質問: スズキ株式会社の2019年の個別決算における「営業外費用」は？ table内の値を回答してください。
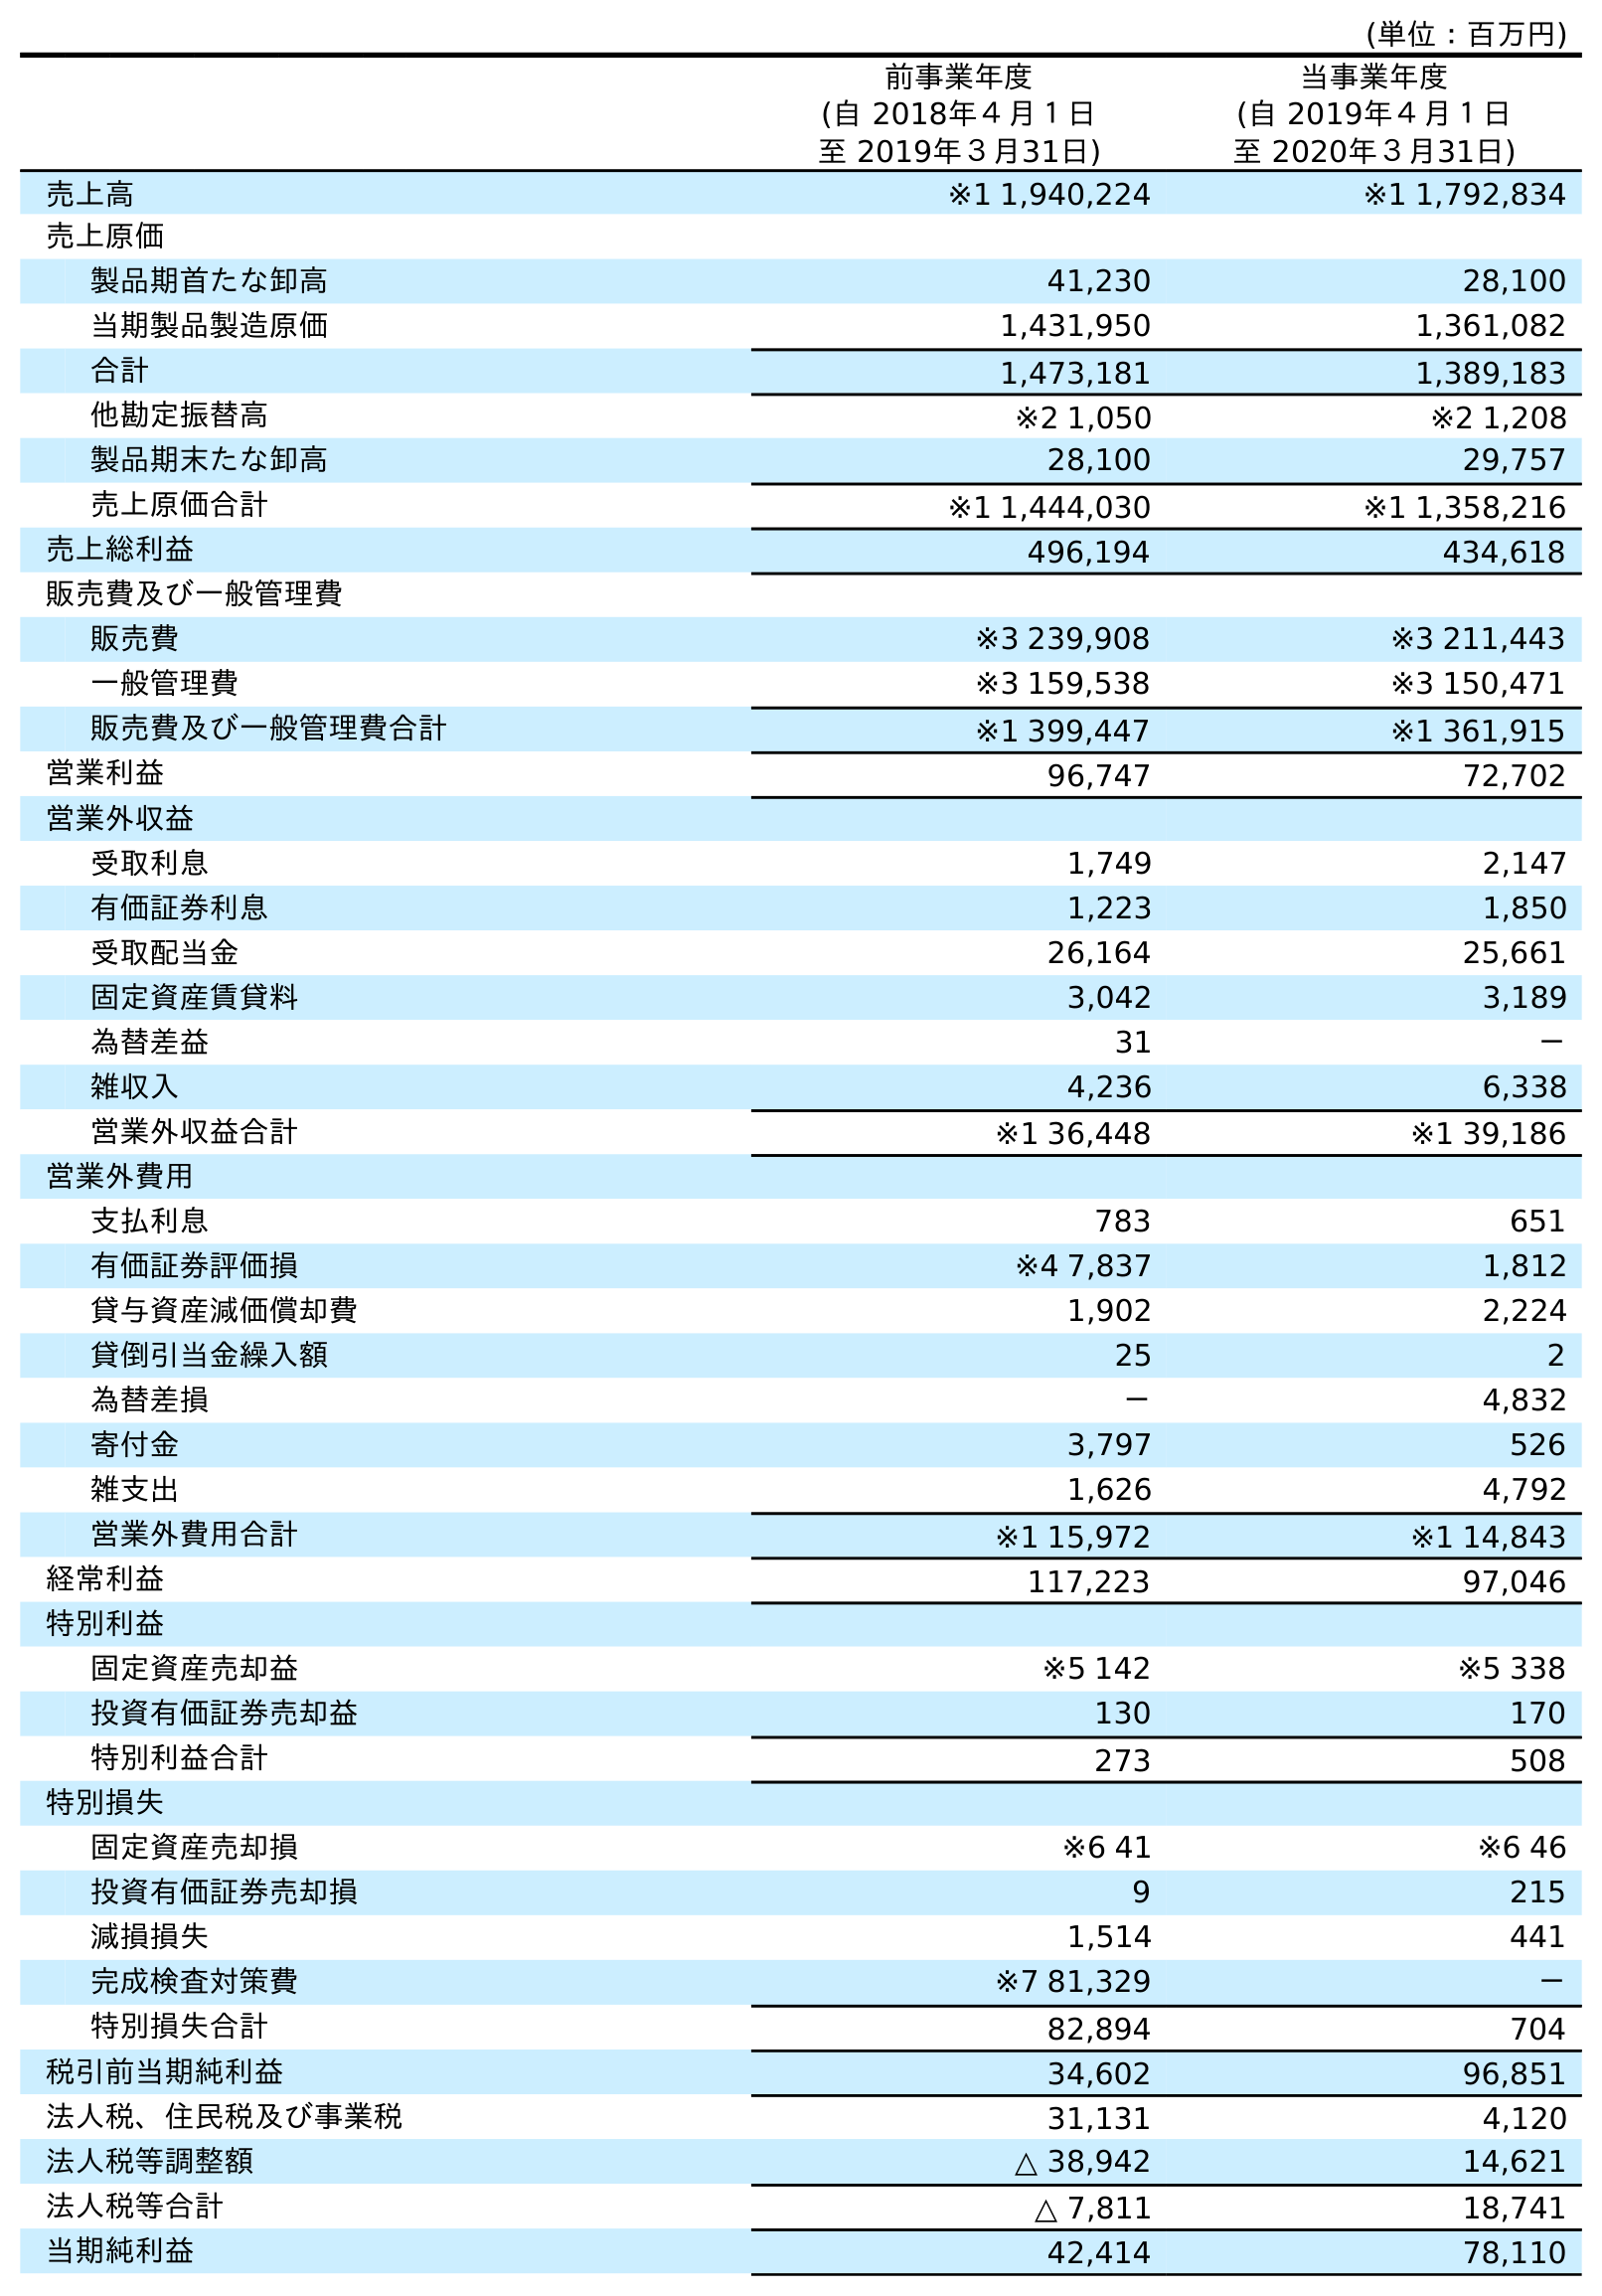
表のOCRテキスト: (単位：百万円) 前事業年度 (自 2018年４月１日 至 2019年３月31日) 当事業年度 (自 2019年４月１日 至 2020年３月31日) 売上高 ※1 1,940,224 ※1 1,792,834 売上原価 製品期首たな卸高 41,230 28,100 当期製品製造原価 1,431,950 1,361,082 合計 1,473,181 1,389,183 他勘定振替高 ※2 1,050 ※2 1,208 製品期末たな卸高 28,100 29,757 売上原価合計 ※1 1,444,030 ※1 1,358,216 売上総利益 496,194 434,618 販売費及び一般管理費 販売費 ※3 239,908 ※3 211,443 一般管理費 ※3 159,538 ※3 150,471 販売費及び一般管理費合計 ※1 399,447 ※1 361,915 営業利益 96,747 72,702 営業外収益 受取利息 1,749 2,147 有価証券利息 1,223 1,850 受取配当金 26,164 25,661 固定資産賃貸料 3,042 3,189 為替差益 31 － 雑収入 4,236 6,338 営業外収益合計 ※1 36,448 ※1 39,186 営業外費用 支払利息 783 651 有価証券評価損 ※4 7,837 1,812 貸与資産減価償却費 1,902 2,224 貸倒引当金繰入額 25 2 為替差損 － 4,832 寄付金 3,797 526 雑支出 1,626 4,792 営業外費用合計 ※1 15,972 ※1 14,843 経常利益 117,223 97,046 特別利益 固定資産売却益 ※5 142 ※5 338 投資有価証券売却益 130 170 特別利益合計 273 508 特別損失 固定資産売却損 ※6 41 ※6 46 投資有価証券売却損 9 215 減損損失 1,514 441 完成検査対策費 ※7 81,329 － 特別損失合計 82,894 704 税引前当期純利益 34,602 96,851 法人税、住民税及び事業税 31,131 4,120 法人税等調整額 △ 38,942 14,621 法人税等合計 △ 7,811 18,741 当期純利益 42,414 78,110
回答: ※115,972